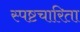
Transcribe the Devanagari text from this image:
स्पष्टचारिता